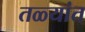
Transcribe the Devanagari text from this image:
तळ्यांत